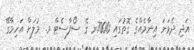
އަދި ދެވަނަ އިނާމެއްގެ ގޮތުގައި 7000ރ ގެ ސޯފާސެޓް މ. މުލަށް އަހިމާގޭ